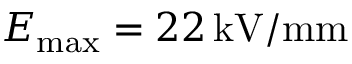
E _ { \mathrm { m a x } } = 2 2 \, \mathrm { k V / m m }